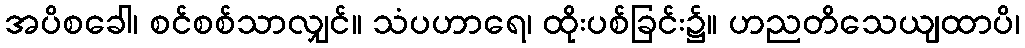
အပိစခေါ၊ စင်စစ်သာလျှင်။ သံပဟာရေ၊ ထိုးပစ်ခြင်း၌။ ဟညတိသေယျထာပိ၊